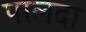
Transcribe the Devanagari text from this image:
पालदा